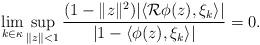
LaTeX: \begin{align*}\lim_{k\in \kappa}\sup_{\|z\|< 1} \frac{(1-\|z\|^2)|\langle\mathcal R \phi(z),\xi_k\rangle |}{|1-\langle\phi(z),\xi_k\rangle|}=0.\end{align*}